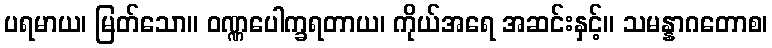
ပရမာယ၊ မြတ်သော။ ဝဏ္ဏပေါက္ခရတာယ၊ ကိုယ်အရေ အဆင်းနှင့်။ သမန္နာဂတောစ၊